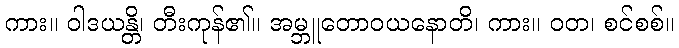
ကား။ ဝါဒယန္တိ၊ တီးကုန်၏။ အမ္ဘူတောဝယနောတိ၊ ကား။ ဝတ၊ စင်စစ်။